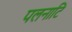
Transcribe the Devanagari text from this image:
पलनाटि